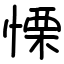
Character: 慄